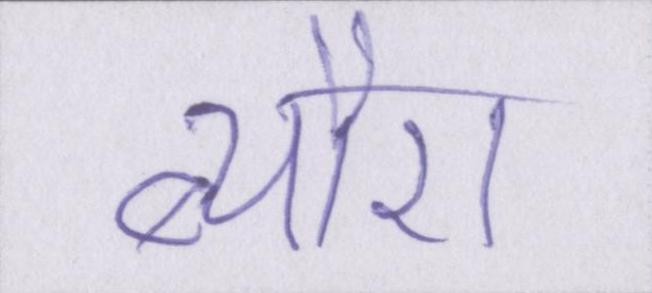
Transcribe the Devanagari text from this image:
ब्यौरा